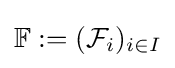
\mathbb {F} :=({\mathcal {F}}_{i})_{i\in I}